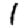
Digit: 1